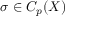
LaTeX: \sigma \in C _ { p } ( X )